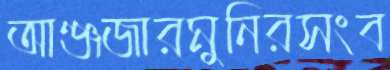
আঞ্জজারমুনিরসংব